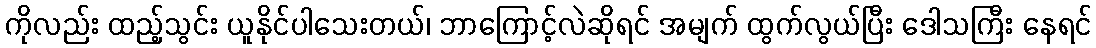
ကိုလည်း ထည့်သွင်း ယူနိုင်ပါသေးတယ်၊ ဘာကြောင့်လဲဆိုရင် အမျက် ထွက်လွယ်ပြီး ဒေါသကြီး နေရင်